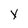
Character: Y